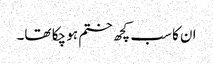
ان کا سب کچھ ختم ہو چکا تھا۔